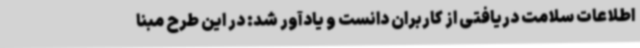
اطلاعات سلامت دریافتی از کاربران دانست و یادآور شد: در این طرح مبنا